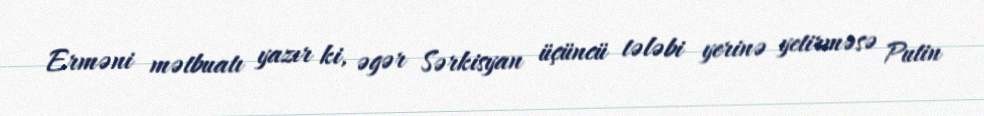
Erməni mətbuatı yazır ki, əgər Sərkisyan üçüncü tələbi yerinə yetirməsə Putin